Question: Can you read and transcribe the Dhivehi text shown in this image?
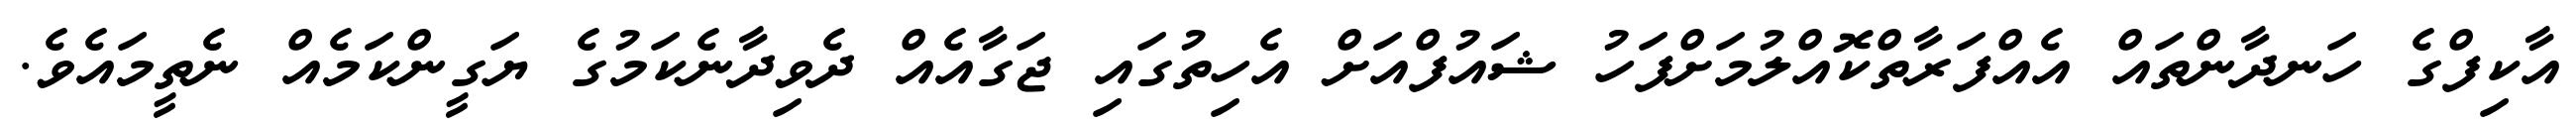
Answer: އާކިފްގެ ހަނދާންތައް އެއްފަރާތްކޮއްލުމަށްފަހު ޝައުފްއަށް އެހިތުގައި ޖަގާއެއް ދެވިދާނެކަމުގެ ޔަގީންކަމެއް ނެތީމައެވެ.